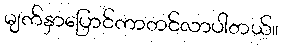
မျက်နှာပြောင်ကာတင်လာပါတယ်။